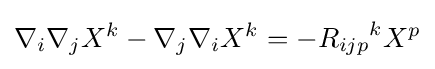
\nabla _{i}\nabla _{j}X^{k}-\nabla _{j}\nabla _{i}X^{k}=-{R_{ijp}}^{k}X^{p}